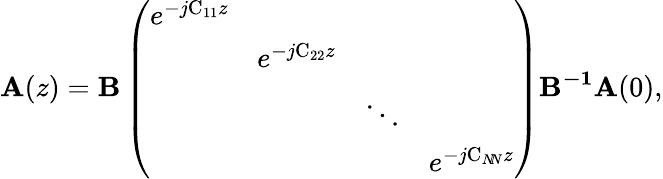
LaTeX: \boldsymbol{\mathrm{A}}(z)=\boldsymbol{\mathrm{B}}\left(\begin{array}{llll}{e^{-j\mathrm{C_{11}}z}}&&&\\ &{e^{-j\mathrm{C_{22}}z}}&&\\ &&{\ddots}&\\ &&&{e^{-j\mathrm{C}_{N\! N}z}}\end{array}\right)\boldsymbol{\mathrm{B^{-1}}}\boldsymbol{\mathrm{A}}(0),